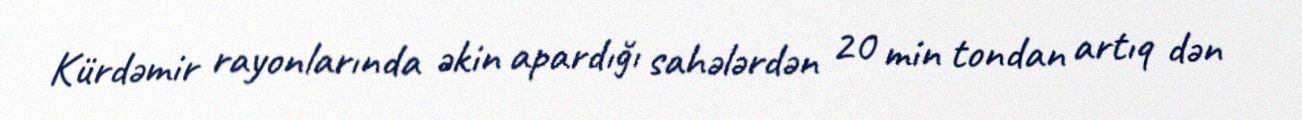
Kürdəmir rayonlarında əkin apardığı sahələrdən 20 min tondan artıq dən